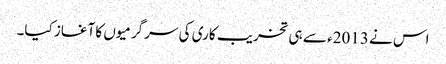
اس نے 2013ء سے ہی تخریب کاری کی سرگرمیوں کا آغاز کیا۔